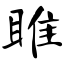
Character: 雎